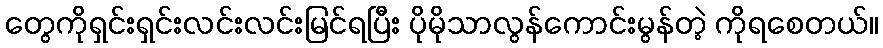
တွေကိုရှင်းရှင်းလင်းလင်းမြင်ရပြီး ပိုမိုသာလွန်ကောင်းမွန်တဲ့ ကိုရစေတယ်။